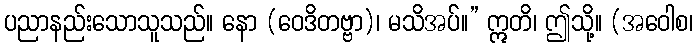
ပညာနည်းသောသူသည်။ နော (ဝေဒိတဗ္ဗာ)၊ မသိအပ်။” ဣတိ၊ ဤသို့။ (အဝေါစ၊